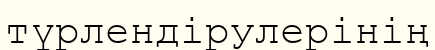
түрлендірулерінің